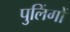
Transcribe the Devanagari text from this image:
पुलिंगों